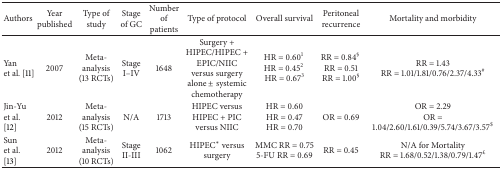
<table><thead><tr><td><b>Authors </b></td><td><b>Year published</b></td><td><b>Type of study</b></td><td><b>Stage of GC</b></td><td><b>Number of patients</b></td><td><b>Type of protocol</b></td><td><b>Overall survival</b></td><td><b>Peritoneal recurrence </b></td><td><b>Mortality and morbidity</b></td></tr></thead><tbody><tr><td>Yan et al. [11]</td><td>2007</td><td>Meta-analysis(13 RCTs)</td><td>Stage I–IV</td><td>1648</td><td>Surgery + HIPEC/HIPEC + EPIC/NIIC versus surgery alone ± systemic chemotherapy </td><td>HR = 0.60<sup>1</sup> HR = 0.45<sup>2</sup> HR = 0.67<sup>3</sup></td><td>RR = 0.84<sup>§</sup> RR = 0.51RR = 1.00<sup>§</sup></td><td>RR = 1.43RR = 1.01/1.81/0.76/2.37/4.33<sup>#</sup></td></tr><tr><td>Jin-Yu et al. [12]</td><td>2012</td><td>Meta-analysis (15 RCTs)</td><td>N/A</td><td>1713</td><td>HIPEC versus HIPEC + PIC versus NIIC</td><td>HR = 0.60HR = 0.47HR = 0.70</td><td>OR = 0.69 </td><td>OR = 2.29OR = 1.04/2.60/1.61/0.39/5.74/3.67/3.57<sup>$</sup></td></tr><tr><td>Sun et al. [13]</td><td>2012</td><td>Meta-analysis(10 RCTs)</td><td>Stage II-III</td><td>1062</td><td>HIPEC* versus surgery </td><td>MMC RR = 0.755-FU RR = 0.69</td><td>RR = 0.45</td><td>N/A for MortalityRR = 1.68/0.52/1.38/0.79/1.47<sup><i>£</i></sup></td></tr></tbody></table>